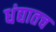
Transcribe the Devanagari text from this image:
धंद्यातच